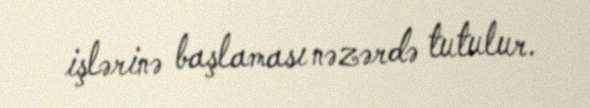
işlərinə başlaması nəzərdə tutulur.